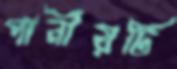
পানীয়টি